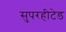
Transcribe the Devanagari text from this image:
सुपरहीटेड